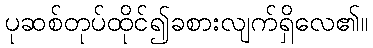
ပုဆစ်တုပ်ထိုင်၍ခစားလျက်ရှိလေ၏။